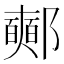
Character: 𨟉